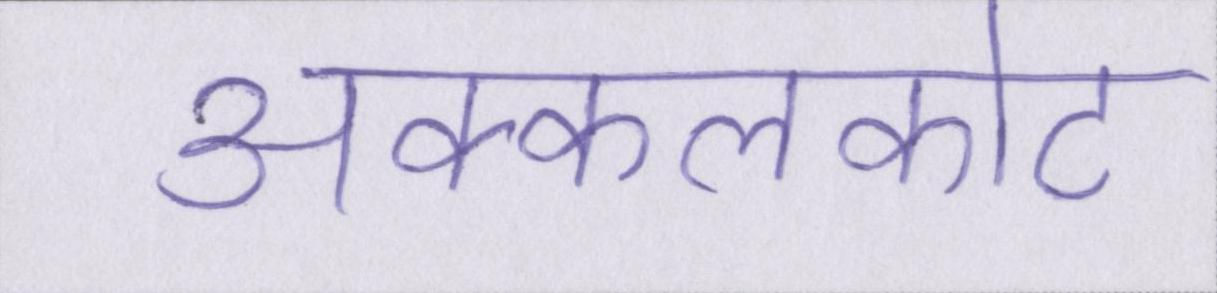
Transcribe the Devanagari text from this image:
अक्कलकोट